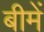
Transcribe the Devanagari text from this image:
बीमें